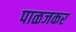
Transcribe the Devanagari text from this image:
पाळजकर